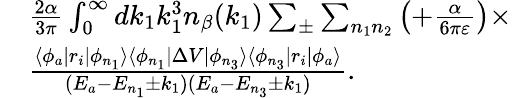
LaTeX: \begin{array}{rl}&{\frac{2\alpha}{3\pi}\int_{0}^{\infty}dk_{1}k_{1}^{3}n_{\beta}(k_{1})\sum_{\pm}\sum_{n_{1}n_{2}}\left(+\frac{\alpha}{6\pi\varepsilon}\right)\times}\\ &{\frac{\langle\phi_{a}|r_{i}|\phi_{n_{1}}\rangle\langle\phi_{n_{1}}|\Delta V|\phi_{n_{3}}\rangle\langle\phi_{n_{3}}|r_{i}|\phi_{a}\rangle}{(E_{a}-E_{n_{1}}\pm k_{1})(E_{a}-E_{n_{3}}\pm k_{1})}.}\end{array}